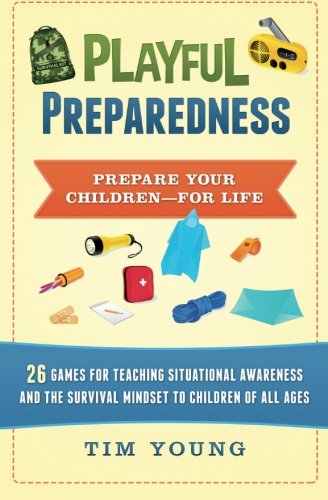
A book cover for Playful Preparedness: Prepare Your Children-For Life! 26 Games for Teaching Situational Awareness and the Survival Mindset to Children of All Ages; Tim Young; Parenting & Relationships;